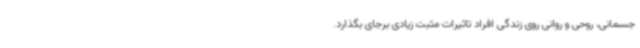
جسمانی، روحی و روانی روی زندگی افراد تاثیرات مثبت زیادی برجای بگذارد.